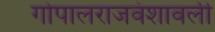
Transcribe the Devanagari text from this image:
गोपालराजवंशावली